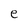
Character: e